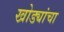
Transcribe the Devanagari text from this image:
खोड्यांचा